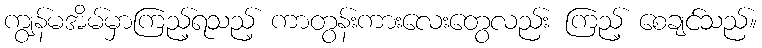
ကျွန်မအိမ်မှာကြည့်ရသည့် ကာတွန်းကားလေးတွေလည်း ကြည့် စေချင်သည်။